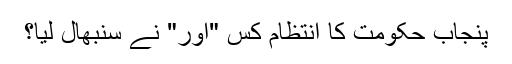
پنجاب حکومت کا انتظام کس "اور" نے سنبھال لیا؟